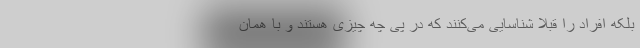
بلکه افراد را قبلاً شناسایی می‌کنند که در پی چه چیزی هستند و با همان